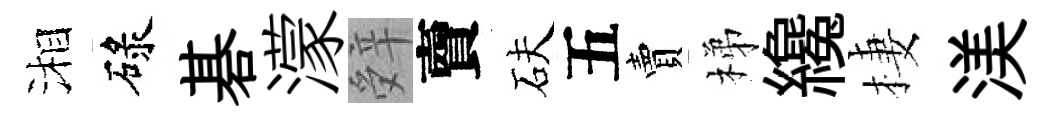
湘碌碁濛辤𧶠砆五賣梯纔棲渼